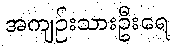
အကျဉ်းသားဦးရေ